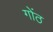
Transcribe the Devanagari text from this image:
गोंठ